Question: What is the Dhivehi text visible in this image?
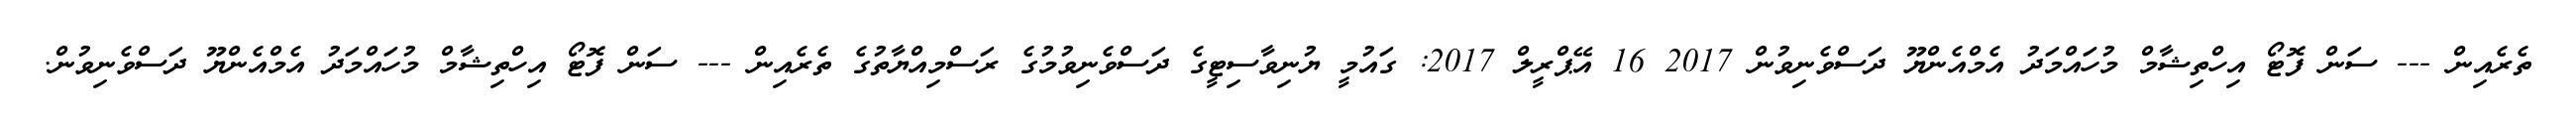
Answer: ތެރެއިން --- ސަން ފޮޓޯ އިހްތިޝާމް މުހައްމަދު އެމްއެންޔޫ ދަސްވެނިވުން 2017 16 އޭޕްރީލް 2017: ގައުމީ ޔުނިވާސިޓީގެ ދަސްވެނިވުމުގެ ރަސްމިއްޔާތުގެ ތެރެއިން --- ސަން ފޮޓޯ އިހްތިޝާމް މުހައްމަދު އެމްއެންޔޫ ދަސްވެނިވުން.